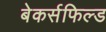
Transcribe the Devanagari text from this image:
बेकर्सफिल्ड